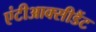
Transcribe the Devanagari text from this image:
एंटीआक्सीडैंट